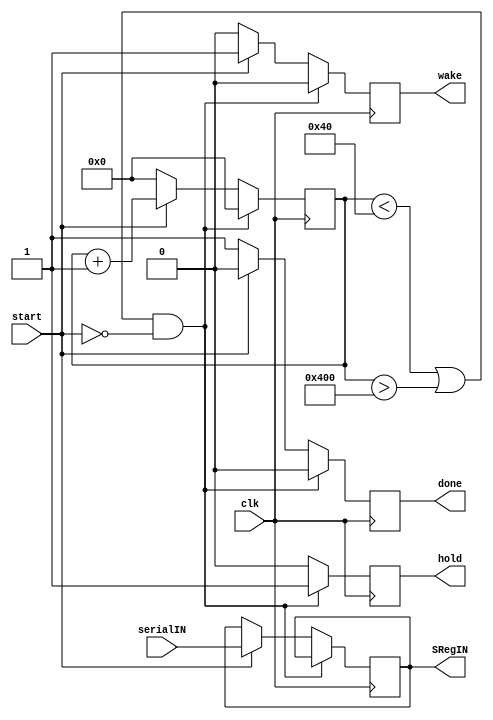
`timescale 1ns / 1ps
//////////////////////////////////////////////////////////////////////////////////
// Company: 
// Engineer: 
// 
// Design Name: 
// Module Name: counter
// Project Name: 
// Target Devices: 
// Tool Versions: 
// Description: 
// 
// Dependencies: 
// 
// Revision:
// Revision 0.01 - File Created
// Additional Comments:
// 
//////////////////////////////////////////////////////////////////////////////////


module counter( input start, 
                input serialIN, 
                input clk, 
                output done, 
                output hold,
                output wake,
                output SRegIN
    );
    reg r_done,r_hold,r_SRegIN,r_wake;
    reg [32:0] i;
    initial
    begin
        i=0;
    end
    
    assign wake = r_wake;
    assign done = r_done;
    assign hold = r_hold;
    assign SRegIN = r_SRegIN ;
    
    always @(posedge clk)
    begin
        if( (i < 64 || i>1024  ) && start == 0 )    // if start is 0 and the counter counts invalid data size we make hold signal 1
        begin
            r_hold <= 1;
            r_done <= 0;
            r_wake <= 0;
            i<= 0;
        end
        else if( start == 1)        // start is 1 and we need to pass the data
        begin
            r_wake <= 1;
            r_hold <=0;
            r_done <=0;
            r_SRegIN <= serialIN;
            i<=i+1;             // counting the input data bits.
            
        end
        else        //  if start =0 and data size is ok
        begin
            i<=0;
            r_done<=1;      // to make the shift register output the data
            r_hold<=0;      
            r_wake <= 0;    // to reset the shift register (all zeros) for another input

        end
        
    end
    
    
endmodule